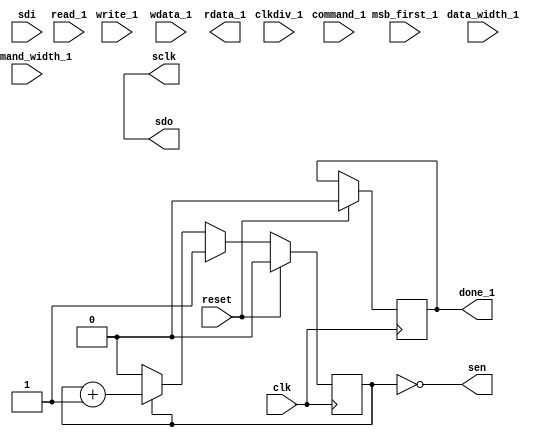
module spi
  (input reset,
   input clk,

   // SPI signals
   output sen, 
   output sclk,
   input sdi,
   output sdo,

   // Interfaces
   input read_1,
   input write_1,
   input [15:0] command_1,
   input [15:0] wdata_1,
   output [15:0] rdata_1,
   output reg done_1,
   input msb_first_1,
   input [5:0] command_width_1,
   input [5:0] data_width_1,
   input [7:0] clkdiv_1
   
   );

   reg [15:0]  command, wdata, rdata;
   reg 	       done;

   always @(posedge clk)
     if(reset)
       done_1 <= #1 1'b0;
   
   always @(posedge clk)
     if(reset)
       begin
	  counter <= #1 7'd0;
	  command <= #1 20'd0;
       end
     else if(start)
       begin
	  counter <= #1 7'd1;
	  command <= #1 {read,w,addr_data};
       end
     else if( |counter && ~done )
       begin
	  counter <= #1 counter + 7'd1;
	  if(~counter[0])
	    command <= {command[22:0],1'b0};
       end

   wire done = (counter == 8'd49);
   
   assign sen = (done | counter == 8'd0);  // CSB is high when we're not doing anything
   assign sclk = ~counter[0];
   assign sdo = command[23];
   

endmodule